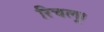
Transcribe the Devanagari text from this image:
रिचलू।